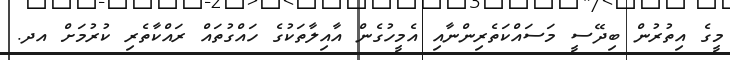
މީގެ އިތުރުން ބިދޭސީ މަސައްކަތެރިންނާއި އެމީހުގެން އާއިލާތަކުގެ ހައްގުތައް ރައްކާތެރި ކުރުމަށް އދ.